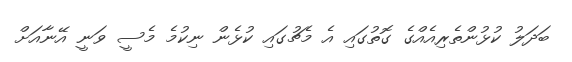
ބަދަލު ކުޅުންތެރިއެއްގެ ގޮތުގައި އެ މެޗުގައި ކުޅެން ނިކުމެ މެސީ ވަނީ އޭނާއަށް